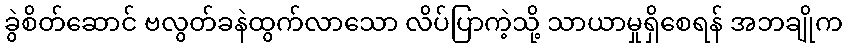
ခွဲစိတ်ဆောင် ဗလွတ်ခနဲထွက်လာသော လိပ်ပြာကဲ့သို့ သာယာမှုရှိစေရန် အဘချိုက